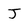
Character: J